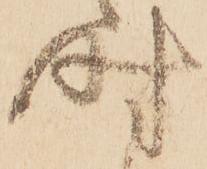
時